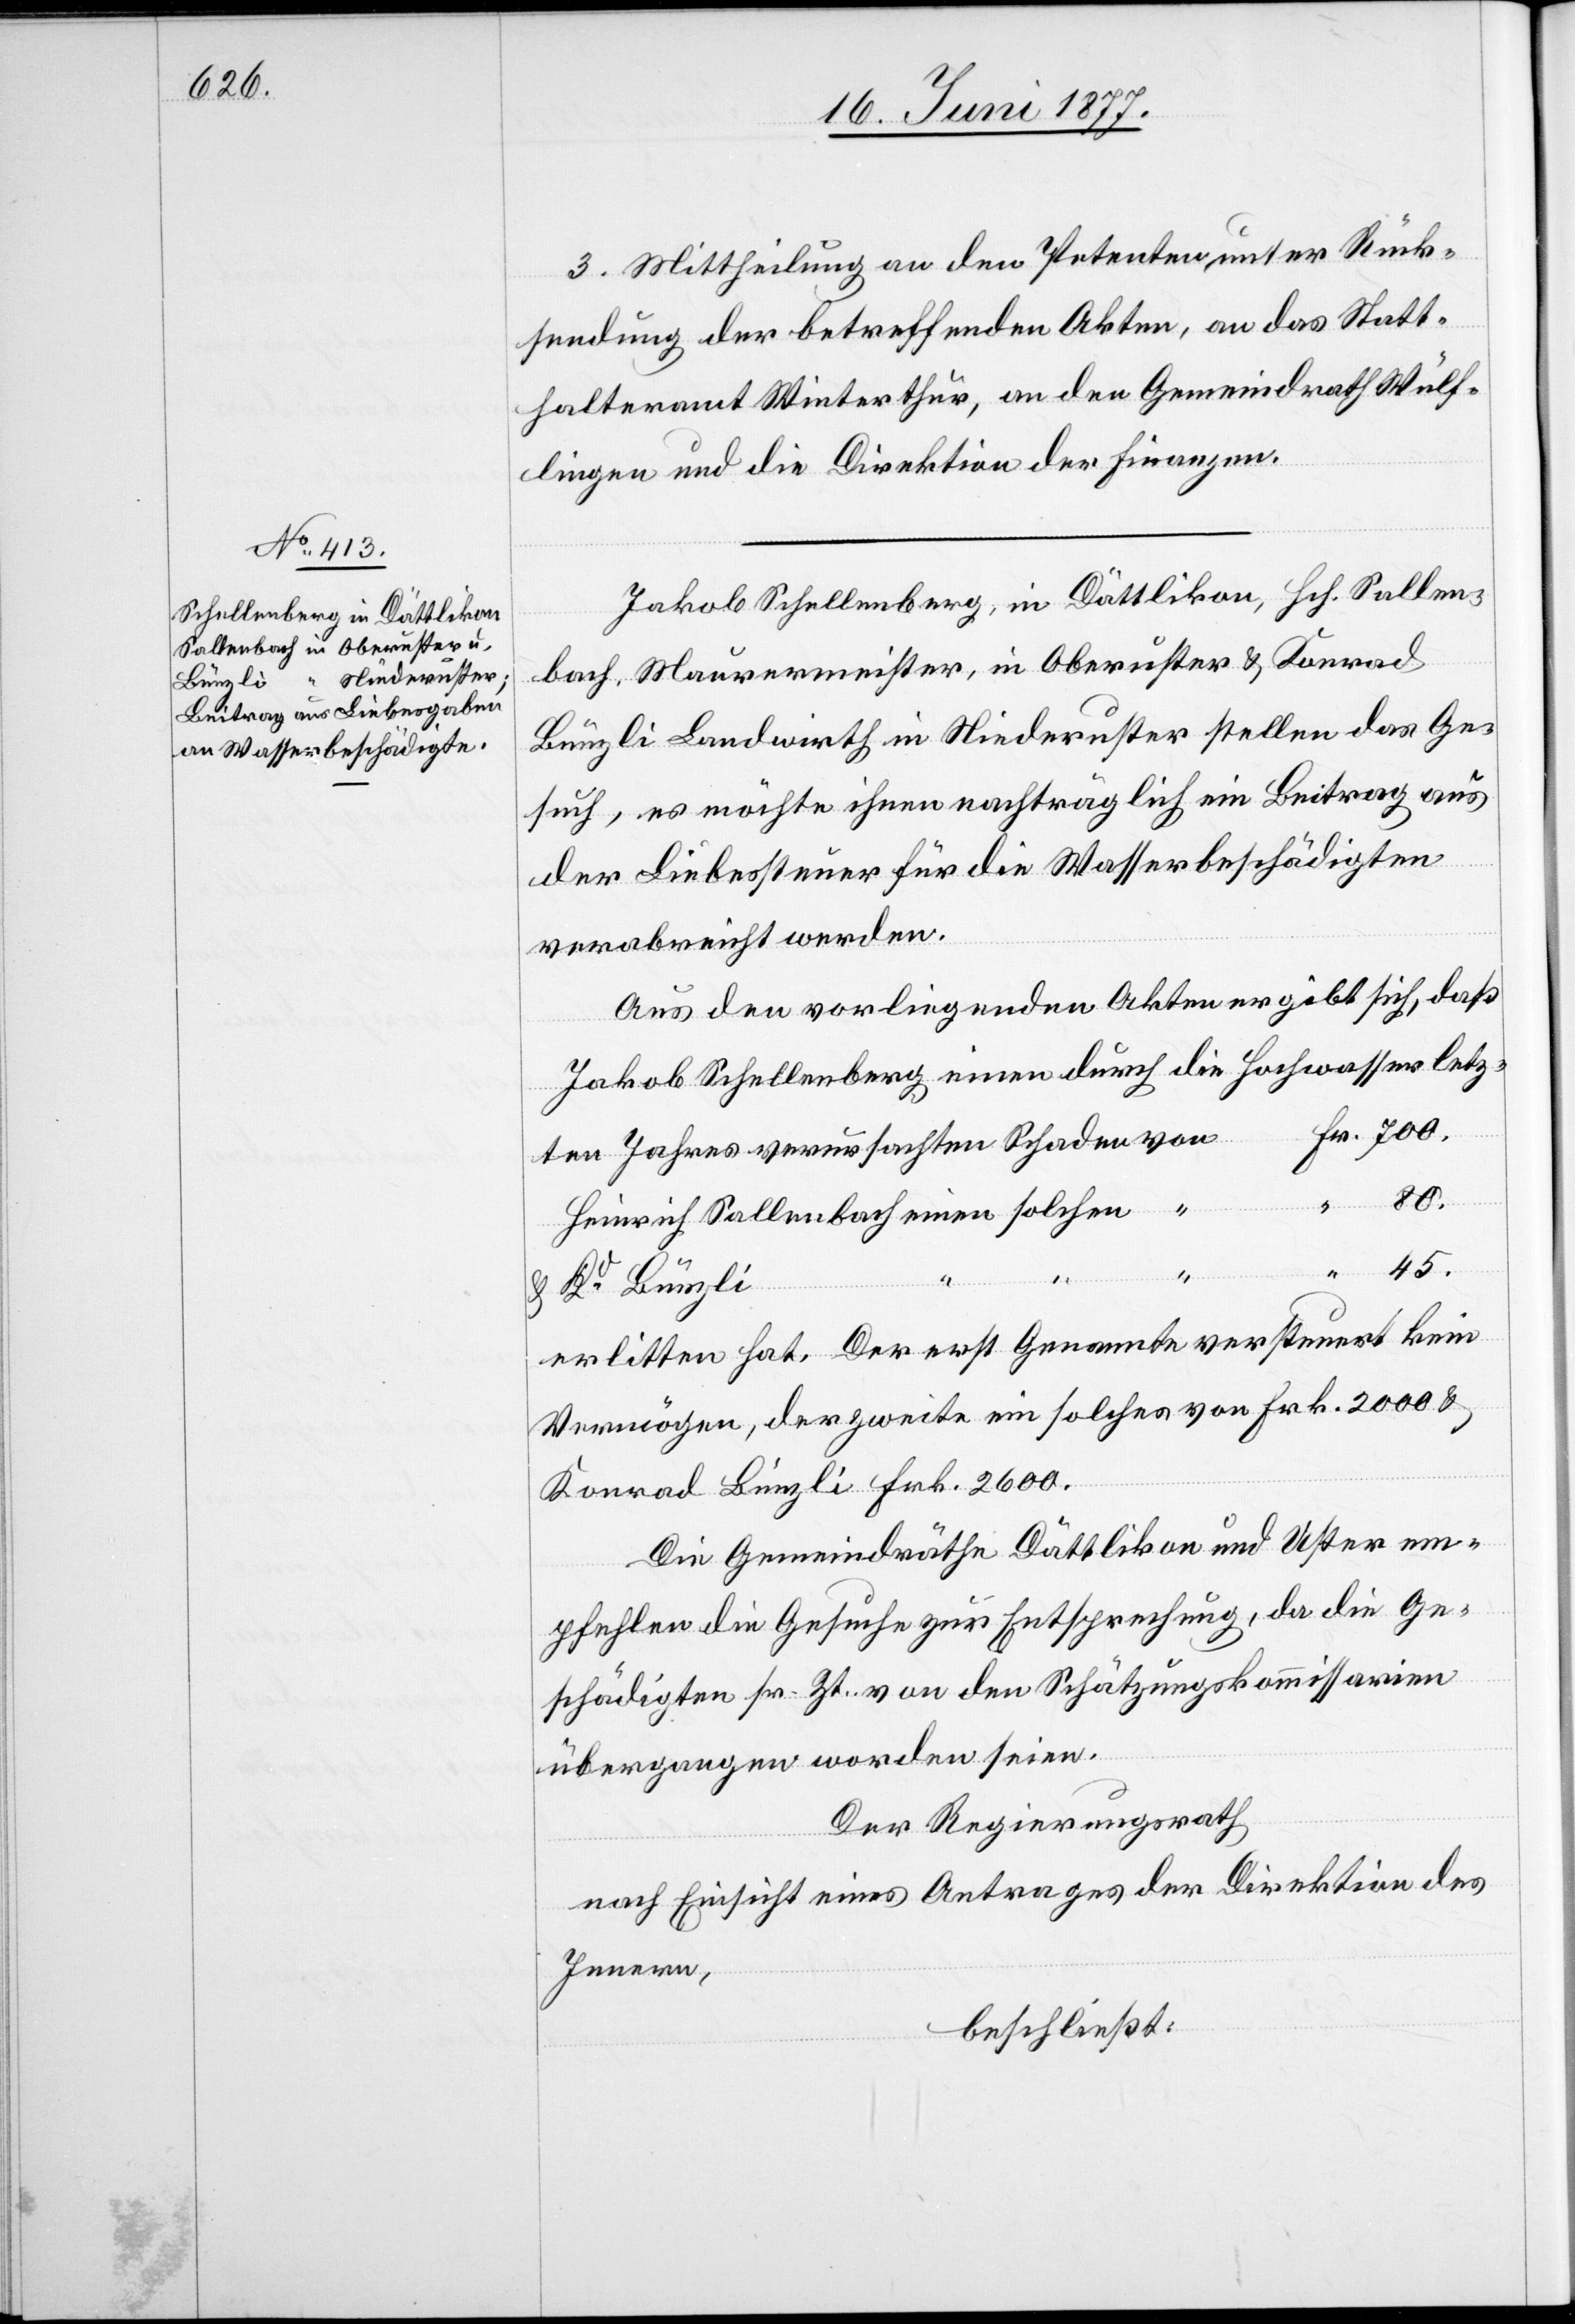
700
Fr.
3. Mittheilung an den Petenten, unter Rück¬
sendung der betreffenden Akten, an das Statt¬
halteramt Winterthur, an den Gemeindrath Wülf¬
lingen und die Direktion der Finanzen.
Jakob Schellenberg, in Dättlikon, Hch. Sallen¬
bach, Maurermeister, in Oberuster & Konrad
Bünzli Landwirth in Niederuster stellen das Ge¬
such, es möchte ihnen nachträglich ein Beitrag aus
der Liebessteuer für die Wasserbeschädigten
verabreicht werden.
Aus den vorliegenden Akten ergibt sich, daß
Jakob Schellenberg einen durch die Hochwasser
ten Jahres verursachten Schaden
Heinrich Sallenbach einen solchen
“
& Ko Bünzli
erlitten hat. Der erst Genannte versteuert kein
Vermögen, der zweite ein solches von Frk 2000 &
Konrad Bünzli Frk. 2600.
Die Gemeindräthe Dättlikon und Uster em¬
pfehlen die Gesuche zur Entsprechung, da die Ge¬
schädigten sr. Zt. von den Schätzungskommissarien
übergangen worden seien.
Der Regierungsrath,
nach Einsicht eines Antrages der Direktion des
Innern,
beschließt:

letz¬